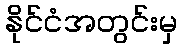
နိုင်ငံအတွင်းမှ